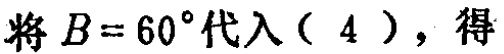
将\(B = 60^{\circ}\)代入\((4)\)，得